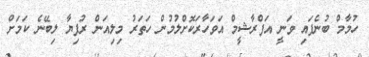
ހުމާމް ބުނެފައި ވަނީ އަފްރާޝީމް އަވަހާރަކޮށްލުމުން ހަތަރު މިލިއަން ރުފިޔާ ލިބޭނެ ކަމަށް